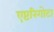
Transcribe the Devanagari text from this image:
एप्टरिगोटा